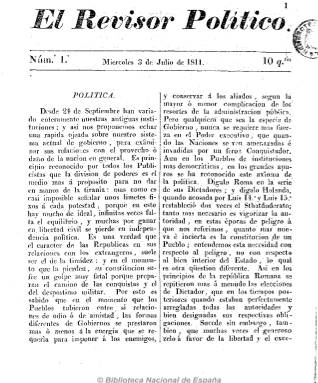
Título: El Revisor político
Colección: Periódicos anteriores a 1850
Ámbito geográfico: Cádiz
Lugar de publicación: Cádiz
Fechas: 03/07/1811-25/03/1812

Periódico bisemanal (salía los miércoles y sábados) que comienza a publicarse en Cádiz a partir del tres de julio de 1811, coincidiendo con el más intenso debate constitucional. Desde una posición liberal moderada, defenderá la soberanía nacional y la separación de poderes desde un espíritu crítico sobre la labor de las Cortes. Con una postura equilibrada y poco controvertida, en números de cuatro páginas y a dos columnas es un periódico que se dedicará a publicar artículos teóricos más que crónicas directamente políticas, y sus textos noticiosos estarán dedicados abrumadoramente a la información internacional, en concreto, a los avatares de Inglaterra, y su anglofilia le hace sospechar a Checa Godoy que pudo estar subvencionado por los ingleses. Las noticias de España y las locales no son abundantes. Su fundador, editor y redactor principal fue Mariano de Carnero, que solía firmar con sus iniciales M. de C. Hasta el 25 de marzo de 1812 llegó a tirar 73 números, es decir, hasta pocos días después de la proclamación de la Constitución, sin que en estos últimos días ofreciera información u opinión sobre este acontecimiento, y desconociéndose si continuó publicándose. Fue estampado en la imprenta del hijo de Niel.